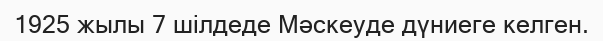
1925 жылы 7 шілдеде Мәскеуде дүниеге келген.